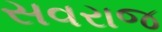
સવરાજ